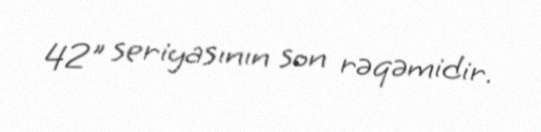
42" seriyasının son rəqəmidir.